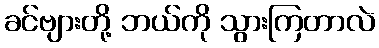
ခင်ဗျားတို့ ဘယ်ကို သွားကြတာလဲ